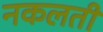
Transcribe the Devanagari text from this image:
नकलती